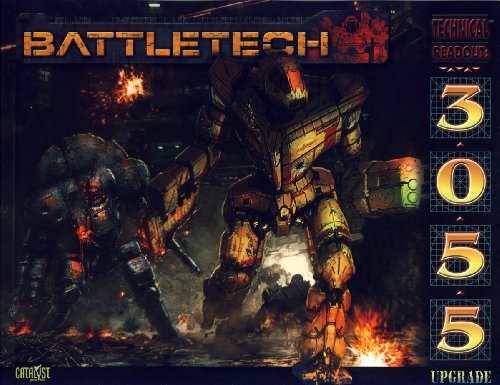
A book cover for Battletech Technical Readout 3055 Upgrad (Battletech (Unnumbered)); Herbert A., II Beas; Science Fiction & Fantasy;